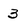
Character: 3